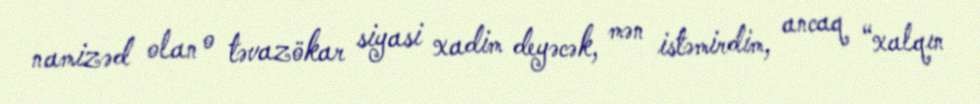
namizəd olan o təvazökar siyasi xadim deyəcək, mən istəmirdim, ancaq “xalqın